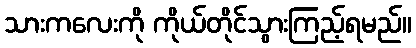
သားကလေးကို ကိုယ်တိုင်သွားကြည့်ရမည်။